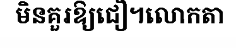
មិនគួរឱ្យជឿ។លោកតា